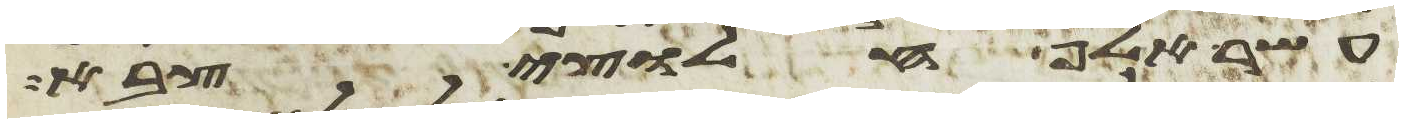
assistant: עשר אלף חלוצי צבא